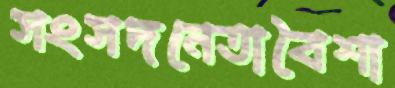
সংসদনেতাবৈশা